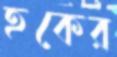
হকের